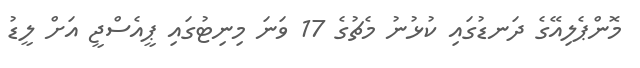
މޮންޕެލިއޭގެ ދަނޑުގައި ކުޅުނު މެޗުގެ 17 ވަނަ މިނިޓުގައި ޕީއެސްޖީ އަށް ލީޑު